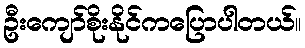
ဦးကျော်စိုးနိုင်ကပြောပါတယ်။